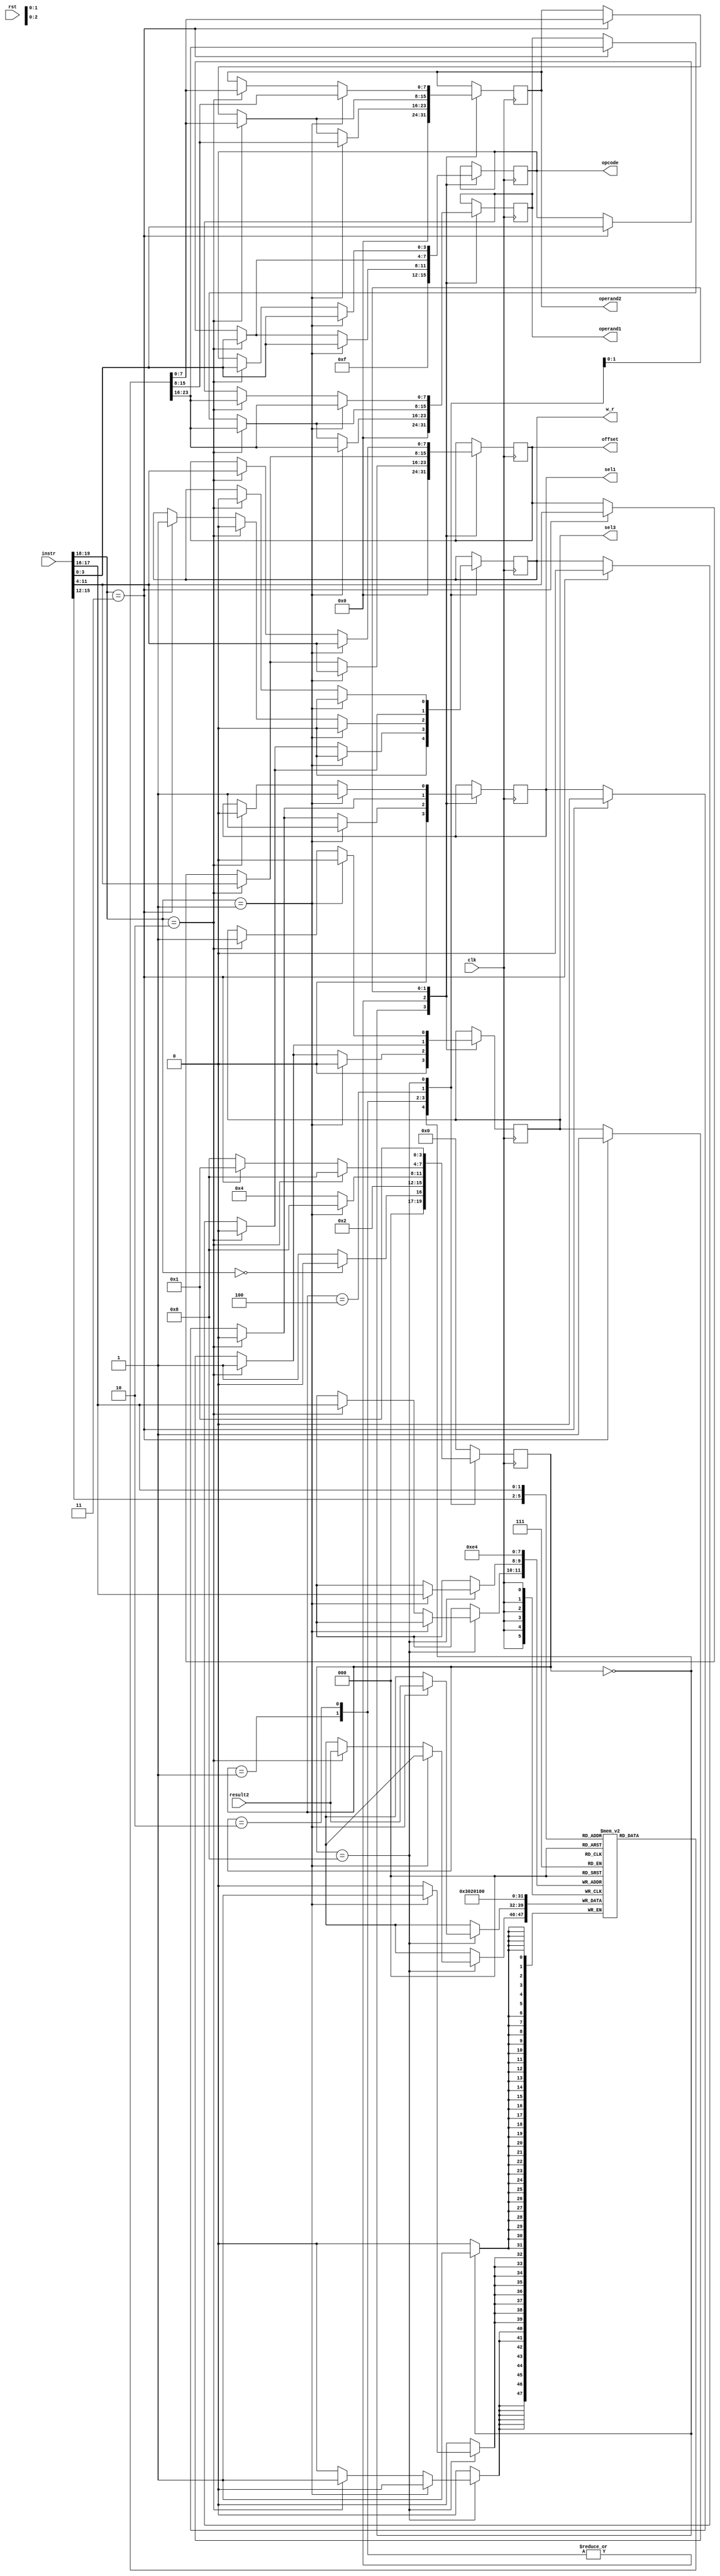
`timescale 1ns / 1ps

module CU (clk,rst, instr, result2, operand1, operand2, offset, opcode, sel1, sel3,w_r);
    //Defaults unless overwritten during instantiation
    parameter DATA_WIDTH = 8; //8 bit wide data
    parameter ADDR_BITS = 5; //32 Addresses
    parameter INSTR_WIDTH =20; 
    //INPUTS
    input clk,rst;
    /*# Instruction structure (20): instr (2) : Reg1 (2) : Reg2 (2) : Reg3 (2)
     * offset(DATA_WIDTH) : Opcode (4) 
     * ##instr: 
     *  00 : reset
     *  01 : std_op 
     * std_op where operand1 & operand2 are operated on
     * according to the opcode and result1 is stored in 
     *  10 : storeR 
     * Reg1 is loaded with the contents of mem address Reg2+Offset
     *  11 : loadR
     * Contents of Reg1 is saved to mem address Reg2+Offset

     */
    input [INSTR_WIDTH-1:0]instr;
    input [DATA_WIDTH-1:0] result2;

    //OUTPUTS
    output reg [DATA_WIDTH-1:0] operand1;
    output reg [DATA_WIDTH-1:0] operand2;
    output reg [DATA_WIDTH-1:0] offset;
    output reg [3:0] opcode;
    output reg sel1, sel3, w_r;

    //REGISTER FILE: CU internal register file of 4 registers.  This is a over simplication of a real solution
    reg [DATA_WIDTH-1:0] regfile [0:3];
    reg [INSTR_WIDTH-1:0]instruction;
    
    //STATES
    parameter RESET = 4'b0000;
    parameter DECODE = 4'b0001;
    parameter EXECUTE = 4'b0010;
    parameter MEM_ACCESS = 4'b0100;
    parameter WRITE_BACK = 4'b1000;
        
    reg [3:0] state = RESET;
    
    
    always @(posedge clk) begin
        instruction = instr;
        case (state)
            RESET : begin //#0
                if (instruction[19:18] == 2'b00)  begin
                    state = RESET; 
                    end else begin
                    state = DECODE; //#1
                    end
                //-----------------------------
                //Write initial values to regfile
                regfile[0]<= 8'd0;
                regfile[1]<= 8'd1;
                regfile[2]<= 8'd2;
                regfile[3]<= 8'd3;

                //Set output reset defaults
                operand1 <= #(DATA_WIDTH)'d0;
                operand2 <= #(DATA_WIDTH)'d0;
                offset <= #(DATA_WIDTH)'d0;
                opcode <= 4'b1111;
                sel1 <= 0;
                sel3 <= 0;
                w_r <= 0;
                //-----------------------------
            end

            DECODE : begin //#1
                state = EXECUTE; //#2
                if (instruction[19:18] == 2'b1) begin //std_op
                    operand1 <= regfile[instruction[15:14]]; //X2
                    operand2 <= regfile[instruction[13:12]]; //X3
                    offset <= instruction[11:4];
                    opcode <= instruction[3:0];
                   sel1 <= 1;
                    sel3 <= 0;
                    w_r <= 0;
                end else if (instruction[19:18] == 2'b10) begin //loadR 
                    operand1 <= regfile[instruction[15:14]]; //X2
                    operand2 <= regfile[instruction[17:16]]; //z
                    offset <= instruction[11:4];
                    opcode <= instruction[3:0];
                    sel1 <= 0; //pass data_out
                    sel3 <= 1; //pass offset
                    w_r <= 0;
                end else if (instruction[19:18] == 2'b11) begin //storeR 
                    operand1 <= regfile[instruction[15:14]]; //X2
                    operand2 <= regfile[instruction[17:16]]; //X1
                    offset <= instruction[11:4];
                    opcode <= instruction[3:0];
                    sel1 <= 0; //pass data_out
                    sel3 <= 1; //pass offset
                    w_r <= 0; //Raise in memaccess
                end
            end
            EXECUTE: begin //#2
                state = MEM_ACCESS; //#3
                if (instruction[19:18] == 2'b01) begin //std_op
                    state = WRITE_BACK;
                    operand1 <= regfile[instruction[15:14]]; //X2
                    operand2 <= regfile[instruction[13:12]]; //X3
                    offset <= instruction[11:4];
                    opcode <= instruction[3:0];
                    sel1 <= 1;
                    sel3 <= 0;
                    w_r <= 0;

                end else if (instruction[19:18] == 2'b10) begin //loadR  
                    operand1 <= regfile[instruction[15:14]]; //X2
                    operand2 <= regfile[instruction[17:16]]; //z
                    offset <= instruction[11:4];
                    opcode <= instruction[3:0];
                    sel1 <= 0; //pass data_out
                    sel3 <= 1; //pass offset
                    w_r <= 0;
                end else if (instruction[19:18] == 2'b11) begin //storeR 
                    operand1 <= regfile[instruction[15:14]]; //X2
                    operand2 <= regfile[instruction[17:16]]; //X1
                    offset <= instruction[11:4];
                    opcode <= instruction[3:0];
                    sel1 <= 0; //pass data_out
                    sel3 <= 1; //pass offset
                    w_r <= 1; //Raise in memaccess
                end
            end
            MEM_ACCESS: begin //#3
                state = WRITE_BACK; //#4
                if (instruction[19:18] == 2'b10) begin //loadR             
                    operand1 <= regfile[instruction[15:14]]; //X2
                    operand2 <= regfile[instruction[17:16]]; //z
                    offset <= instruction[11:4];
                    opcode <= instruction[3:0];
                    sel1 <= 0; //pass data_out
                    sel3 <= 1; //pass offset
                    w_r <= 0;
                end else if (instruction[19:18] == 2'b11) begin //storeR 
                    state = DECODE; //#1
                    operand1 <= regfile[instruction[15:14]]; //X2
                    operand2 <= regfile[instruction[17:16]]; //X1
                    offset <= instruction[11:4];
                    opcode <= instruction[3:0];
                    sel1 <= 0; //pass data_out
                    sel3 <= 1; //pass offset
                    w_r <= 0; //Raise in memaccess
                end
            end
            WRITE_BACK: begin //#4
                state = DECODE; //#1
                if (instruction[19:18] == 2'b01) begin //std_op
                    regfile[instruction[17:16]] <= result2; //X1

                    operand1 <= regfile[instruction[15:14]]; //X2
                    operand2 <= regfile[instruction[13:12]]; //X3
                    offset <= instruction[11:4];
                    opcode <= instruction[3:0];
                    sel1 <= 1;
                    sel3 <= 0;
                    w_r <= 0;
                    
                end else if (instruction[19:18] == 2'b10) begin //loadR             
                    regfile[instruction[17:16]] <= result2; //From data mem
                    operand1 <= regfile[instruction[15:14]]; //X2
                    operand2 <= regfile[instruction[17:16]]; //z
                    offset <= instruction[11:4];
                    opcode <= instruction[3:0];
                    sel1 <= 0; //pass data_out
                    sel3 <= 1; //pass offset
                    w_r <= 0;
                end
            end

            default: // Fault Recovery
            state = RESET; //#0
        endcase
    end
endmodule